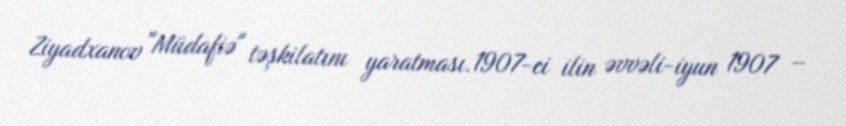
Ziyadxanov "Müdafiə" təşkilatını yaratması.1907-ci ilin əvvəli-iyun 1907 –